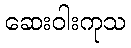
ဆေးဝါးကုသ